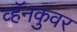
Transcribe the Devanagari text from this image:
व्हॅनकुवर